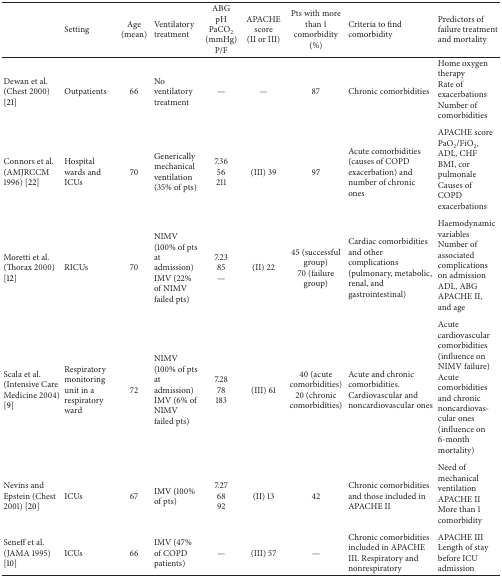
|  | Setting | Age (mean) | Ventilatory treatment | ABG pHPaCO2 (mmHg) P/F | APACHE score (II or III) | Pts with more than 1 comorbidity (%) | Criteria to find comorbidity | Predictors of failure treatment and mortality |
 | --- | --- | --- | --- | --- | --- | --- | --- | --- |
 | Dewan et al. (Chest 2000) [21] | Outpatients | 66 | No ventilatory treatment | — | — | 87 | Chronic comorbidities | Home oxygen therapyRate of exacerbations Number of comorbidities |
 | Connors et al. (AMJRCCM 1996) [22] | Hospital wards and ICUs | 70 | Generically mechanical ventilation (35% of pts) | 7.3656211 | (III) 39 | 97 | Acute comorbidities (causes of COPD exacerbation) and number of chronic ones | APACHE scorePaO2/FiO2, ADL, CHFBMI, cor pulmonaleCauses of COPD exacerbations |
 | Moretti et al.(Thorax 2000) [12] | RICUs | 70 | NIMV (100% of pts at admission)IMV (22% of NIMV failed pts) | 7.2385— | (II) 22 | 45 (successful group)70 (failure group) | Cardiac comorbidities and other complications(pulmonary, metabolic,renal, and gastrointestinal) | Haemodynamic variablesNumber of associatedcomplications on admissionADL, ABGAPACHE II, and age |
 | Scala et al. (Intensive Care Medicine 2004) [9] | Respiratory monitoring unit in a respiratory ward | 72 | NIMV (100% of pts at admission)IMV (6% of NIMV failed pts) | 7.2878183 | (III) 61 | 40 (acute comorbidities)20 (chronic comorbidities) | Acute and chronic comorbidities.Cardiovascular and noncardiovascular ones | Acute cardiovascular comorbidities (influence on NIMV failure) Acute comorbidities and chronic noncardiovascular ones (influence on 6-month mortality) |
 | Nevins and Epstein (Chest 2001) [20] | ICUs | 67 | IMV (100% of pts) | 7.276892 | (II) 13 | 42 | Chronic comorbidities and those included in APACHE II | Need of mechanical ventilationAPACHE II More than 1 comorbidity |
 | Seneff et al.(JAMA 1995) [10] | ICUs | 66 | IMV (47% of COPD patients) | — | (III) 57 | — | Chronic comorbidities included in APACHE III. Respiratory and nonrespiratory | APACHE IIILength of stay before ICU admission |